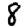
Digit: 8